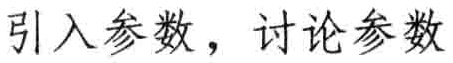
引入参数，讨论参数